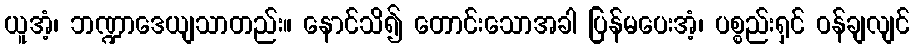
ယူအံ့၊ ဘဏ္ဍာဒေယျသာတည်း။ နောင်သိ၍ တောင်းသောအခါ ပြန်မပေးအံ့၊ ပစ္စည်းရှင် ဝန်ချလျင်